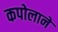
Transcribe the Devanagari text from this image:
कपोलाने